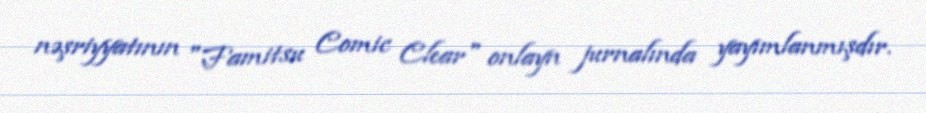
nəşriyyatının "Famitsu Comic Clear" onlayn jurnalında yayımlanmışdır.